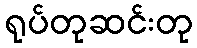
ရုပ်တုဆင်းတု